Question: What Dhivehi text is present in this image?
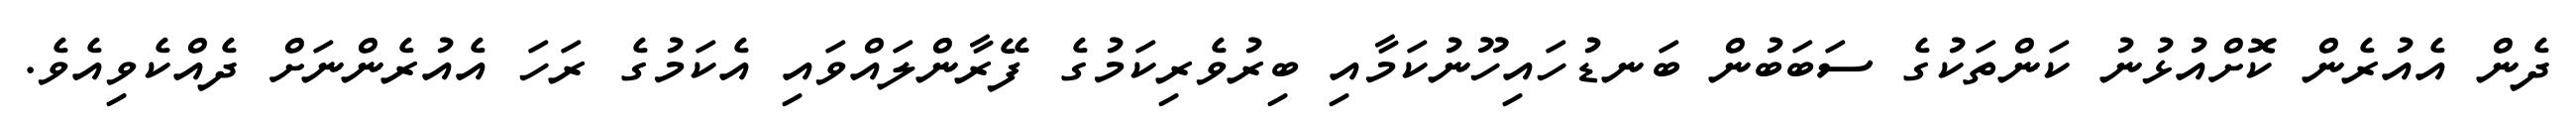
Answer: ދެން އެއުރެން ކޮށްއުޅުނު ކަންތަކުގެ ސަބަބުން ބަނޑުހައިހޫނުކަމާއި ބިރުވެރިކަމުގެ ފޭރާންލައްވައި އެކަމުގެ ރަހަ އެއުރެންނަށް ދެއްކެވިއެވެ.